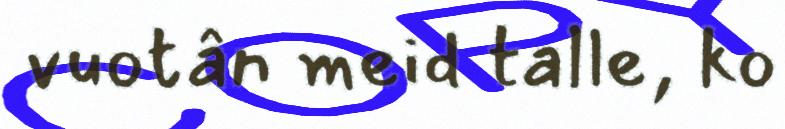
vuotân meid talle, ko